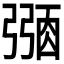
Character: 𢐜